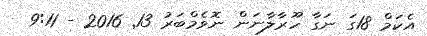
އެކަމް 18ގަ ނަގާ ހޫރާލާނަން ނޮވެމްބަރު 13